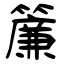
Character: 簾